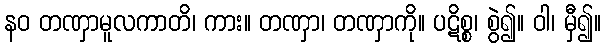
နဝ တဏှာမူလကာတိ၊ ကား။ တဏှာ၊ တဏှာကို။ ပဋိစ္စ၊ စွဲ၍။ ဝါ၊ မှီ၍။